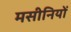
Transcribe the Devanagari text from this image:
मसीनियों